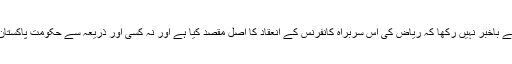
ایسا معلوم ہوتا ہے کہ ریاض میں پاکستانی سفارت خانہ نے نواز شریف کو پوری طرح سے باخبر نہیں رکھا کہ ریاض کی اس سربراہ کانفرنس کے انعقاد کا اصل مقصد کیا ہے اور نہ کسی اور ذریعہ سے حکومت پاکستان کو یہ معلوم ہو سکا کہ اس کانفرنس کا مقصد در اصل ایران کے خلاف محاذ قائم کرناتھا۔